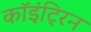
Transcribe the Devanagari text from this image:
कॉइंट्रिन